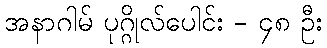
အနာဂါမ် ပုဂ္ဂိုလ်ပေါင်း - ၄၈ ဦး